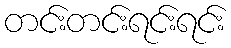
တင်းတင်းရင်းရင်း